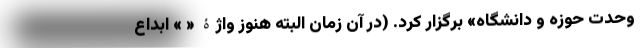
وحدت حوزه و دانشگاه» برگزار کرد. (در آن زمان البته هنوز واژۀ « » ابداع